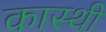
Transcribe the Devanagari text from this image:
कास्थी